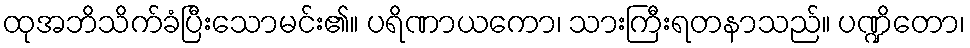
ထုအဘိသိက်ခံပြီးသောမင်း၏။ ပရိဏာယကော၊ သားကြီးရတနာသည်။ ပဏ္ဍိတော၊